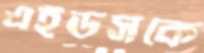
এইডসকে